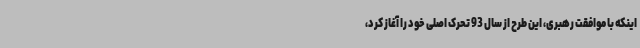
اینکه با موافقت رهبری، این طرح از سال 93 تحرک اصلی خود را آغاز کرد،